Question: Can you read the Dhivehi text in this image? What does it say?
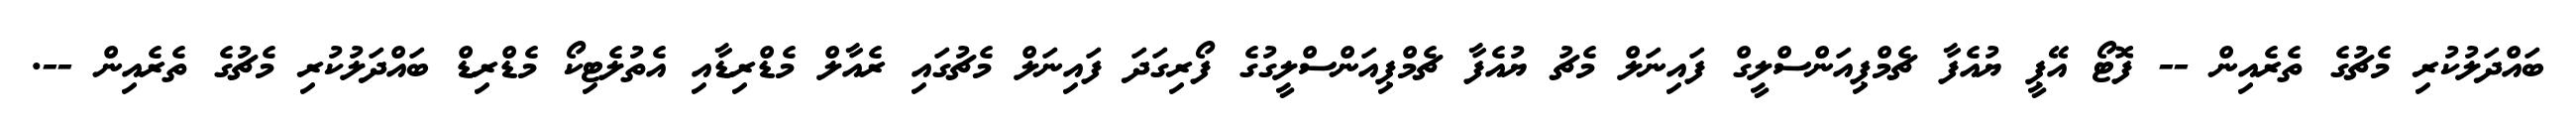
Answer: ބައްދަލުކުރި މެޗުގެ ތެރެއިން -- ފޮޓޯ އޭޕީ ޔުއެފާ ޗެމްޕިއަންސްލީގް ފައިނަލް މެޗު ޔުއެފާ ޗެމްޕިއަންސްލީގުގެ ފޯރިގަދަ ފައިނަލް މެޗުގައި ރެއާލް މެޑްރިޑާއި އެތުލެޓިކޯ މެޑްރިޑް ބައްދަލުކުރި މެޗުގެ ތެރެއިން --.